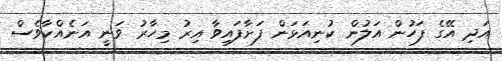
އަދި އޭގެ ފަހުން އަލުން ކުނިއަޅަން ފަށާފައިވާ އިރު މިހާރު ވަނީ އަނެއްކާވެސް